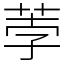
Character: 荸